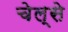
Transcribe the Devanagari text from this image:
चेल्से